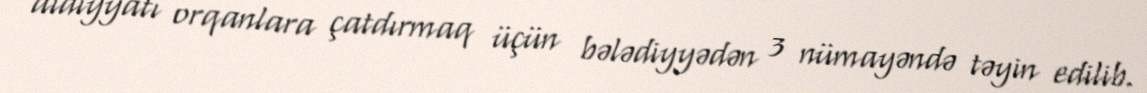
aidiyyatı orqanlara çatdırmaq üçün bələdiyyədən 3 nümayəndə təyin edilib.